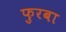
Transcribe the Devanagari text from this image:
फुरबा